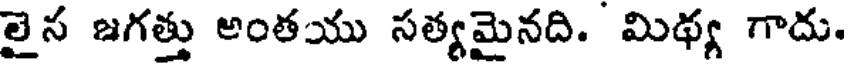
లైన జగత్తు అంతయు సత్యమైనది. మిథ్య గాదు.